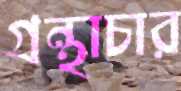
গ্রন্থাচার